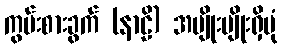
ကွမ်းစားခွက် (နာဠိ) အမျိုးမျိုးရှိပုံ